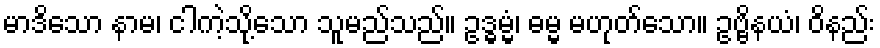
မာဒိသော နာမ၊ ငါကဲ့သို့သော သူမည်သည်။ ဥဒ္ဓမ္မံ၊ ဓမ္မ မဟုတ်သော။ ဥဗ္ဗိနယံ၊ ဝိနည်း